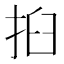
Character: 㧮